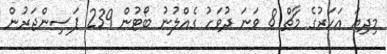
މިދިޔަ އަހަރުގެ މާޗް 8 ވަނަ ދުވަހު ގެއްލުނު ބޯޓުން 239 ޕަސިންޖަރުން